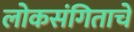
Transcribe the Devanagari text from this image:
लोकसंगिताचे